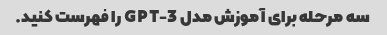
سه مرحله برای آموزش مدل GPT-3 را فهرست کنید.